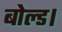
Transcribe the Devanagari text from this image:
बोल्ड।